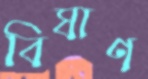
বিষাণ